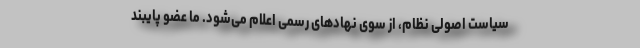
سیاست اصولی نظام، از سوی نهادهای رسمی اعلام می‌شود. ما عضو پایبند